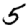
Digit: 5